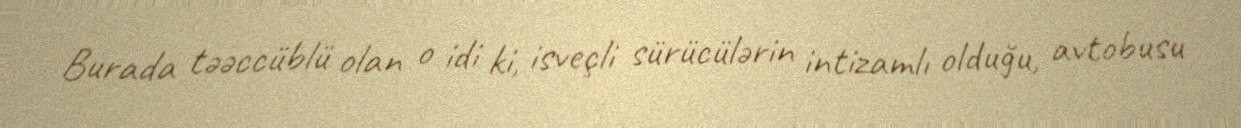
Burada təəccüblü olan o idi ki, isveçli sürücülərin intizamlı olduğu, avtobusu